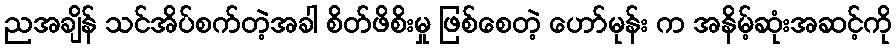
ညအချိန် သင်အိပ်စက်တဲ့အခါ စိတ်ဖိစိးမှု ဖြစ်စေတဲ့ ဟော်မုန်း က အနိမ့်ဆုံးအဆင့်ကို